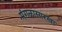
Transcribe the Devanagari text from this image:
मंगळासारखा